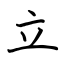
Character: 立